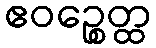
ဧဝဉ္စေတ္ထ